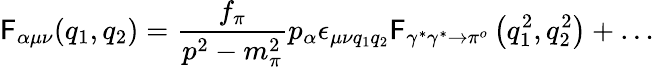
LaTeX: {\cal{\mathsf{F}}}_{\alpha\mu\nu}(q_{1},q_{2})=\frac{{f_{\pi}}}{{p^{2}-m_{\pi}^{2}}}p_{\alpha}{\epsilon}_{{\mu}{\nu}{q_{1}}{q_{2}}}\mathsf{F}_{\gamma^{*}\gamma^{*}\to\pi^{o}}\left(q_{1}^{2},q_{2}^{2}\right)+\ldots